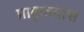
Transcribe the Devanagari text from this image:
प्राकृतवास